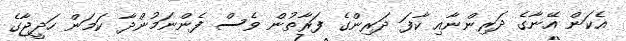
އެކަން އޭނާގެ ދަރިންނާއި ކާފަ ދަރިންގެ ފަރާތުން ވެސް ފެންނަމުންދާ ކަމަން ހަދީޖާގެ